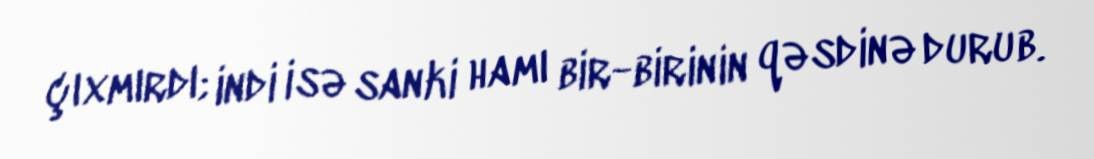
çıxmırdı; indi isə sanki hamı bir-birinin qəsdinə durub.